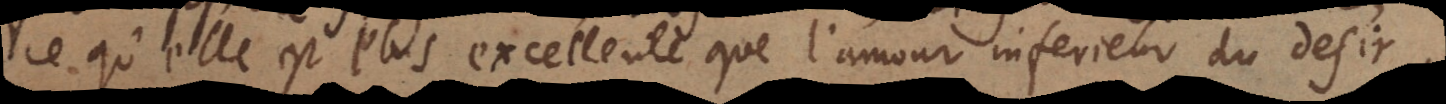
ce qu’elle est plus excellente que l’amour inferieur du desir.